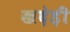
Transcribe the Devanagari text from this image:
खदेड़ी